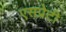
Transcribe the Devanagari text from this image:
एसप्रेटी